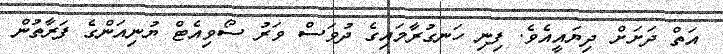
އަތް ދަށަށް ދިޔައީއެވެ. ފިނި ހަނގުރާމައިގެ ދުވަސް ވަރު ސޯވިއެޓް ޔުނިއަންގެ ފަރާތުން